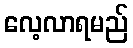
လေ့လာရမည်